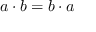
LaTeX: a \cdot b = b \cdot a